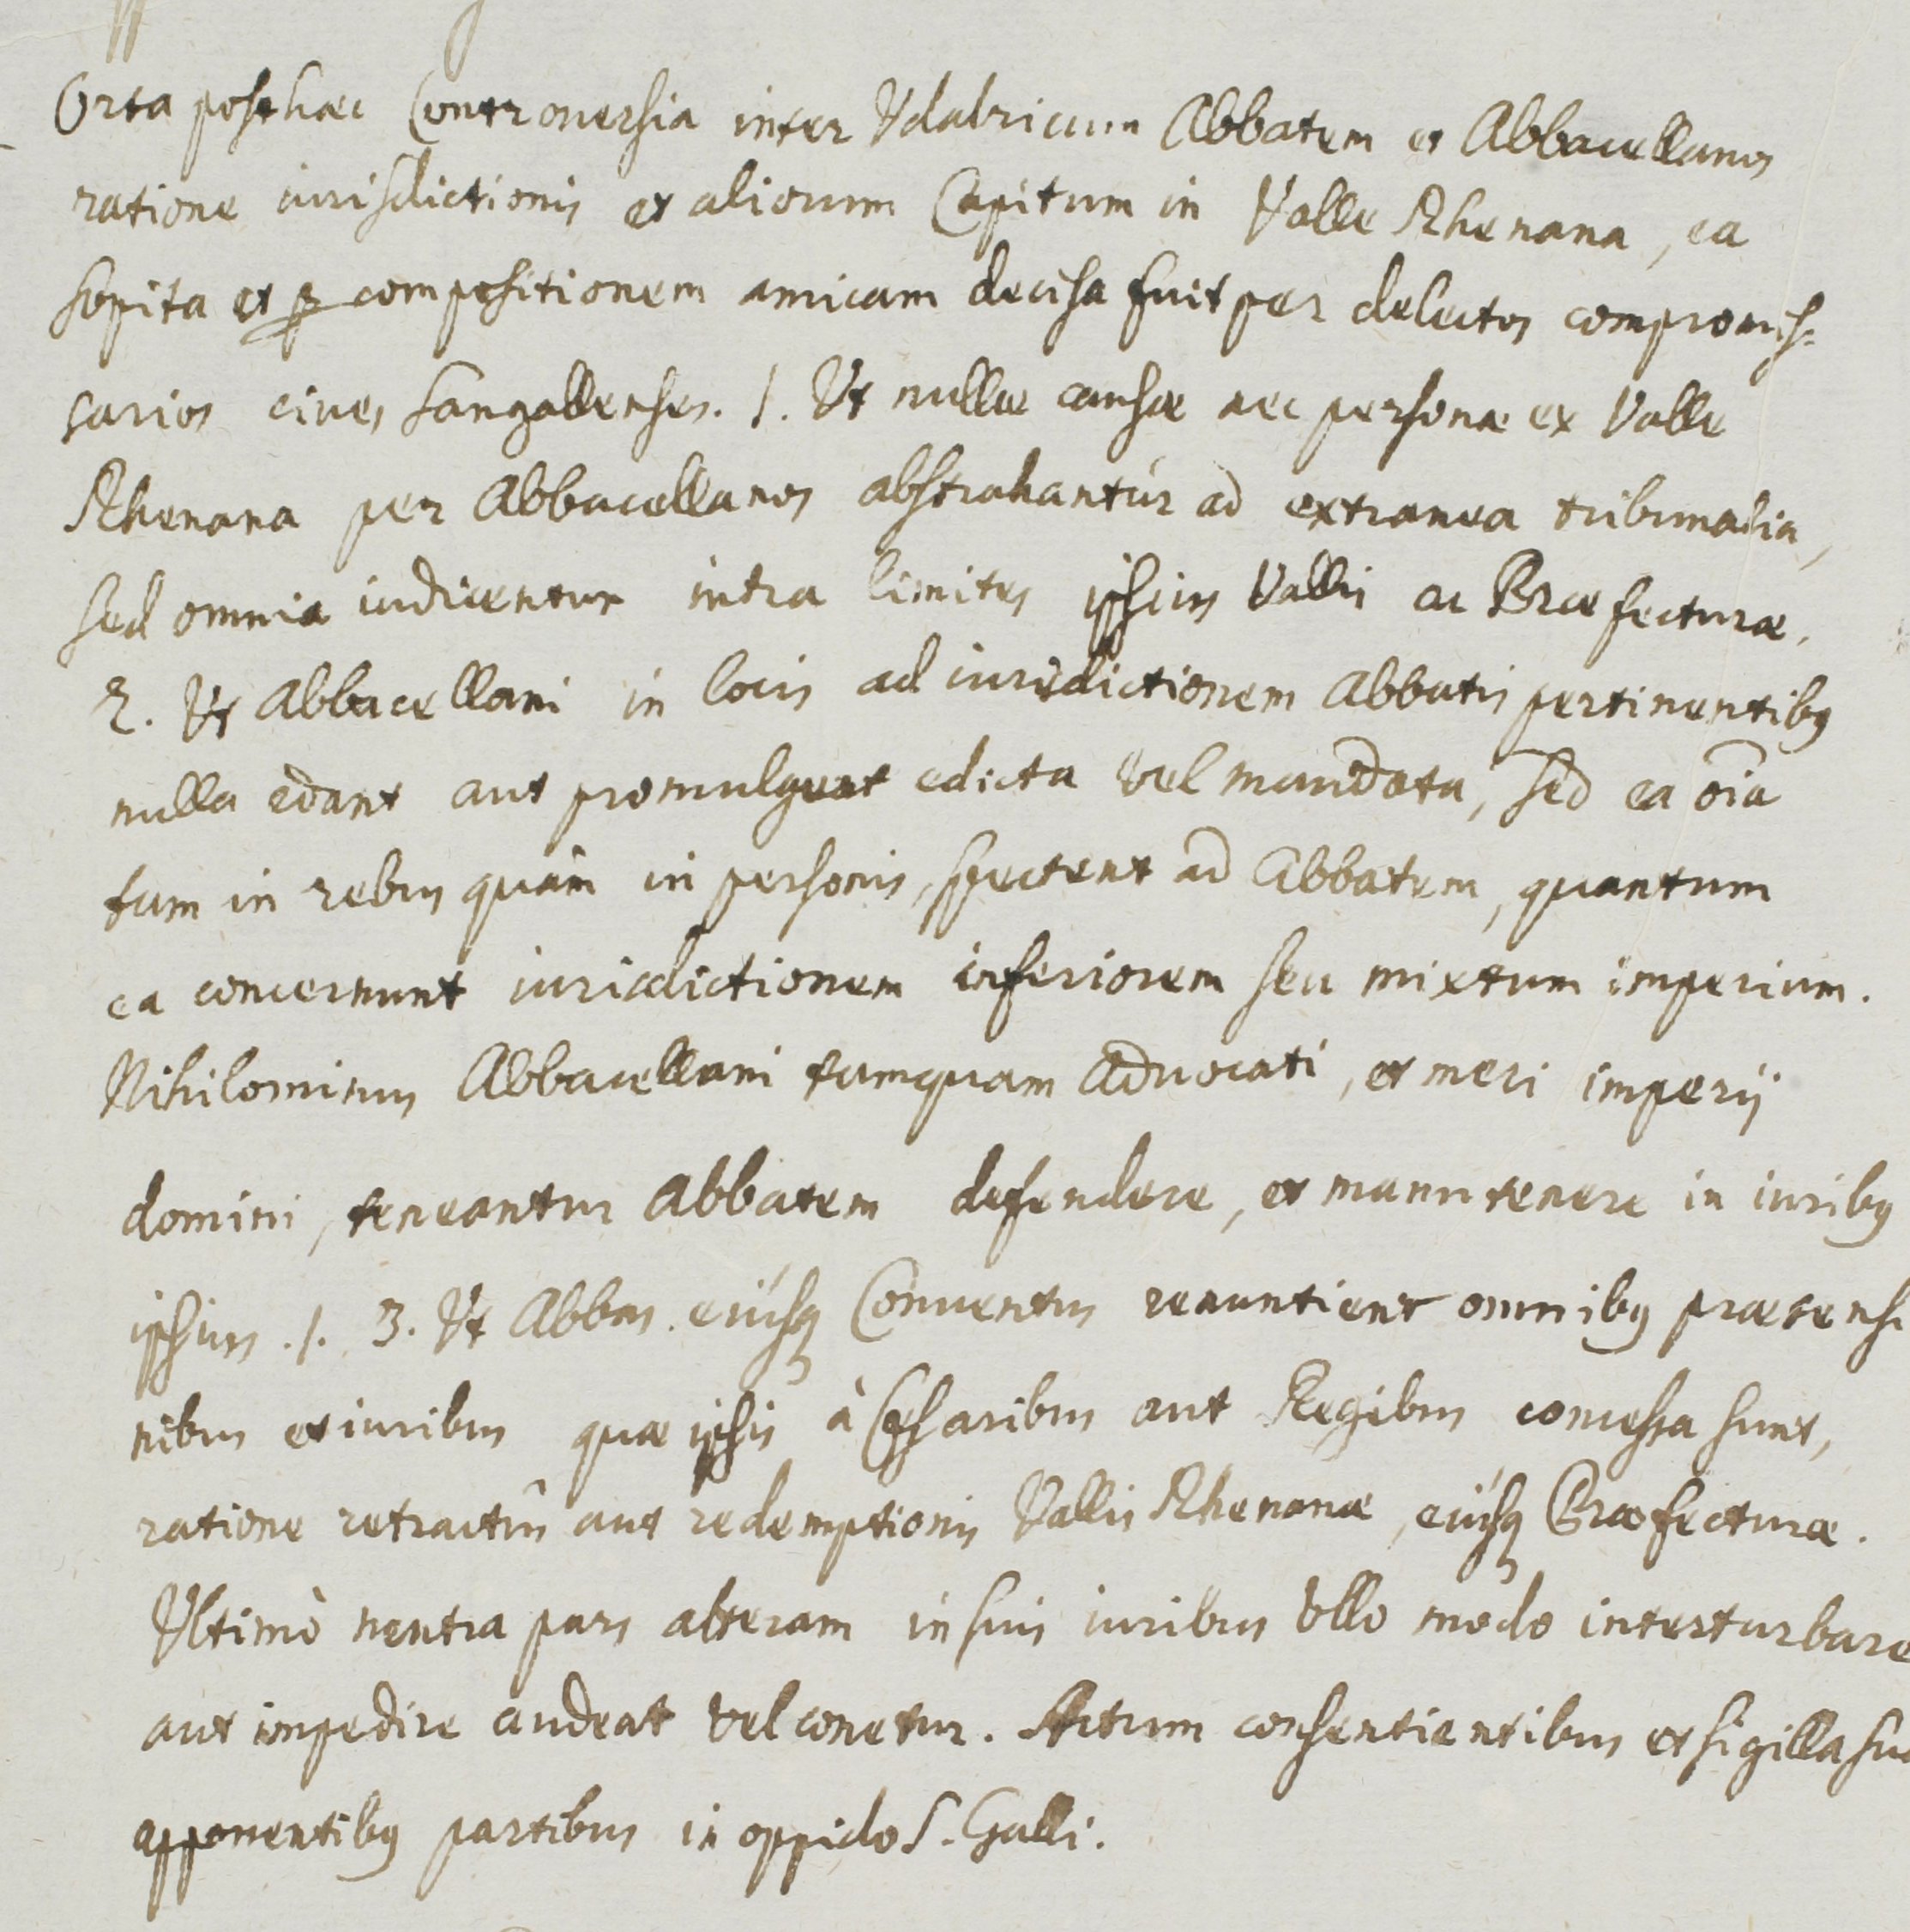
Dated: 1400–1699